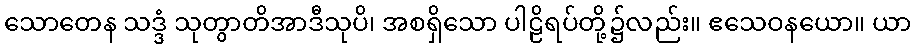
သောတေန သဒ္ဒံ သုတွာတိအာဒီသုပိ၊ အစရှိသော ပါဠိရပ်တို့၌လည်း။ ဧသေဝနယော။ ယာ